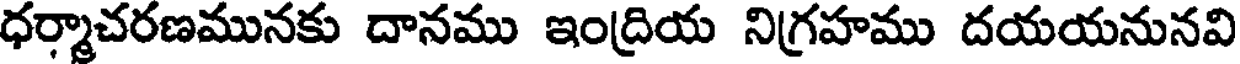
ధర్మాచరణమునకు దానము ఇంద్రియ నిగ్రహము దయయనునవి